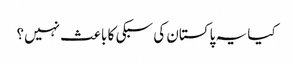
کیا یہ پاکستان کی سبکی کا باعث نہیں؟